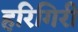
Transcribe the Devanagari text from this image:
हरिगिरी